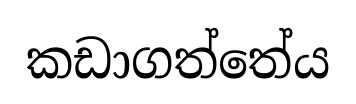
කඩාගත්තේය